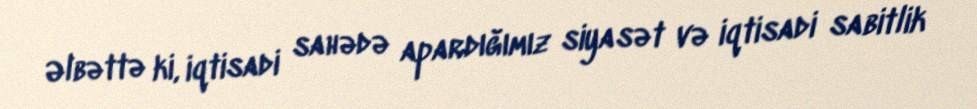
Əlbəttə ki, iqtisadi sahədə apardığımız siyasət və iqtisadi sabitlik